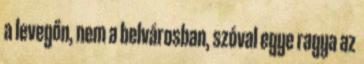
a levegőn, nem a belvárosban, szóval egye ragya az